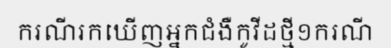
ករណីរកឃើញអ្នកជំងឺកូវីដថ្មី១ករណី